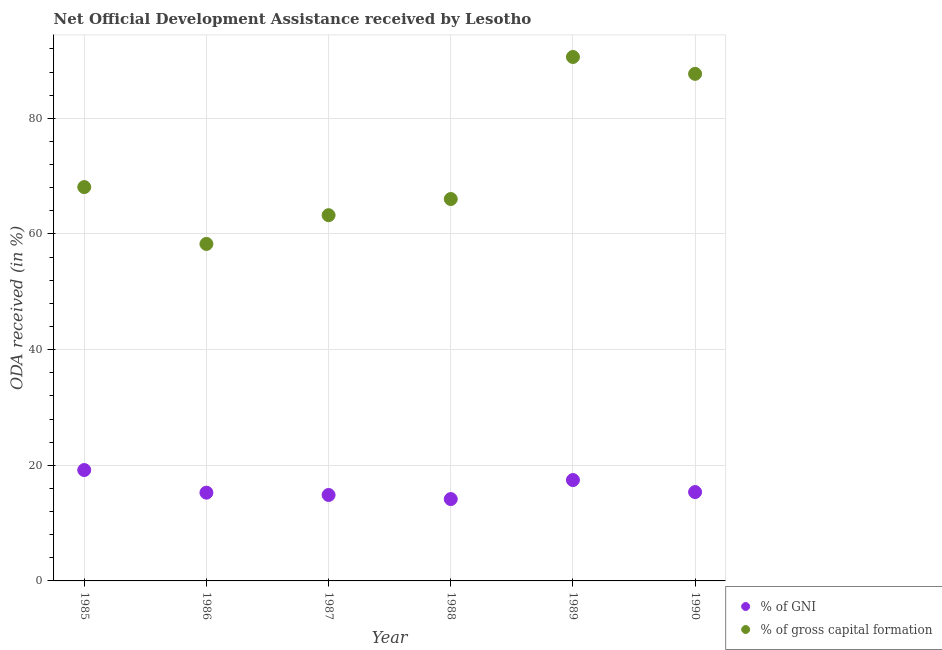
| Year | % of GNI | % of gross capital formation |
 | --- | --- | --- |
 | 1985 | 19.2 | 68.1 |
 | 1986 | 15.3 | 58.3 |
 | 1987 | 14.9 | 63.2 |
 | 1988 | 14.2 | 66 |
 | 1989 | 17.4 | 90.6 |
 | 1990 | 15.4 | 87.7 |